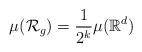
LaTeX: \begin{align*} \mu(\mathcal{R}_g)= \frac{1}{2^k}\mu(\mathbb{R}^d)\end{align*}